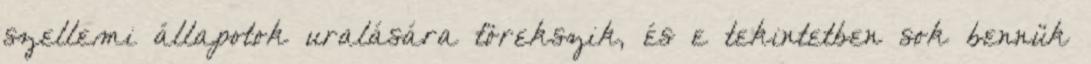
szellemi állapotok uralására törekszik, és e tekintetben sok bennük